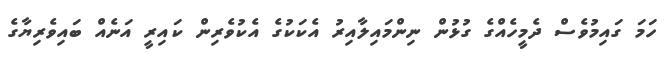
ހަމަ ގައިމުވެސް ދެމީހެއްގެ ގުޅުން ނިންމައިލާއިރު އެކަކުގެ އެކުވެރިން ކައިރީ އަނެއް ބައިވެރިޔާގެ